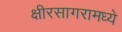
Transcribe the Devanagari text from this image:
क्षीरसागरामध्ये